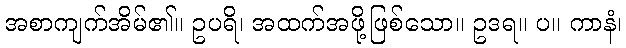
အစာကျက်အိမ်၏။ ဥပရိ၊ အထက်အဖို့ဖြစ်သော။ ဥဒရ။ ပ။ ကာနံ၊